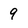
Character: 9